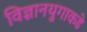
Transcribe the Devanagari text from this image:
विज्ञानयुगाकडे